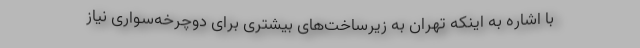
با اشاره به اینکه تهران به زیرساخت‌های بیشتری برای دوچرخه‌سواری نیاز